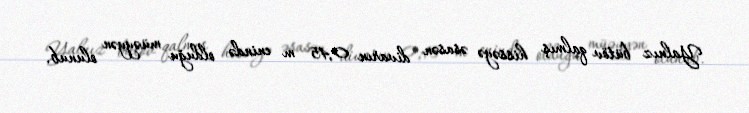
Yalnız bütöv qalmış hissəyə əsasən divarın 0,45 m enində olduğu müəyyən olunub.